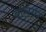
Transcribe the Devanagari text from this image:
वाचगर